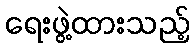
ရေးဖွဲ့ထားသည့်